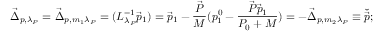
\vec { \Delta } _ { p , \lambda _ { P } } = \vec { \Delta } _ { p , m _ { 1 } \lambda _ { P } } = ( L _ { \lambda _ { P } } ^ { - 1 } \vec { p } _ { 1 } ) = \vec { p } _ { 1 } - \frac { \vec { P } } { M } ( p _ { 1 } ^ { 0 } - \frac { \vec { P } \vec { p } _ { 1 } } { P _ { 0 } + M } ) = - \vec { \Delta } _ { p , m _ { 2 } \lambda _ { P } } \equiv \breve { \vec { p } } ;